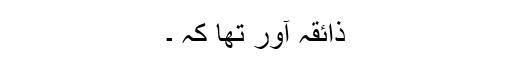
ذائقہ آور تھا کہ ۔